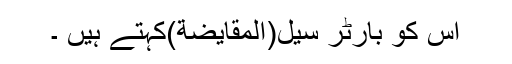
اس کو بارٹر سیل(اَلْمُقايَضَةُ)کہتے ہیں ۔